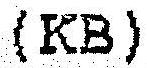
(KB)